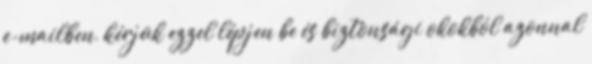
e-mailben, kérjük ezzel lépjen be és biztonsági okokból azonnal